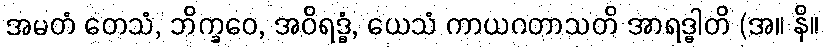
အမတံ တေသံ, ဘိက္ခဝေ, အဝိရဒ္ဓံ, ယေသံ ကာယဂတာသတိ အာရဒ္ဓါတိ (အ။ နိ။